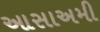
આસાઅમી